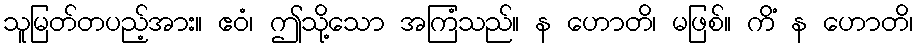
သူမြတ်တပည့်အား။ ဧဝံ၊ ဤသို့သော အကြံသည်။ န ဟောတိ၊ မဖြစ်။ ကိံ န ဟောတိ၊